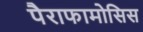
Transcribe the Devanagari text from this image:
पैराफामोसिस